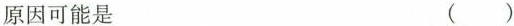
原因可能是 ( )